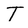
Character: T